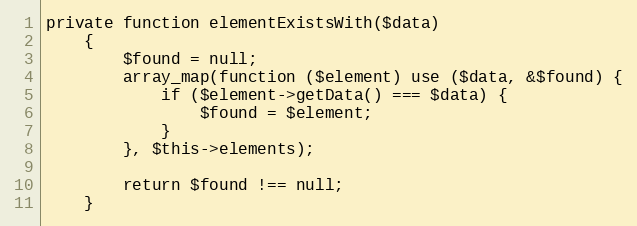
Language: PHP
private function elementExistsWith($data)
    {
        $found = null;
        array_map(function ($element) use ($data, &$found) {
            if ($element->getData() === $data) {
                $found = $element;
            }
        }, $this->elements);

        return $found !== null;
    }